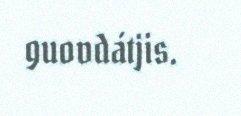
guovdátjis.